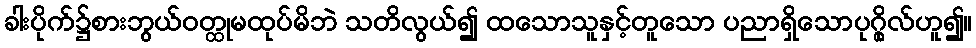
ခါးပိုက်၌စားဘွယ်ဝတ္ထုမထုပ်မိဘဲ သတိလွယ်၍ ထသောသူနှင့်တူသော ပညာရှိသောပုဂ္ဂိုလ်ဟူ၍။